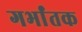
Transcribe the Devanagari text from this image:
गर्भांतक